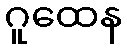
ဂူထေန